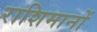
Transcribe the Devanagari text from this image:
राशिमानों